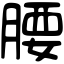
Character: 腰